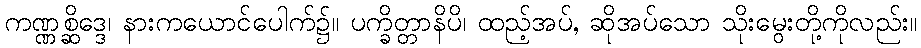
ကဏ္ဏစ္ဆိဒ္ဒေ၊ နားကယောင်ပေါက်၌။ ပက္ခိတ္တာနိပိ၊ ထည့်အပ်, ဆိုအပ်သော သိုးမွေးတို့ကိုလည်း။